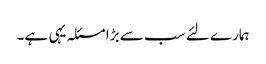
ہمارے لئے سب سے بڑا مسئلہ یہی ہے۔